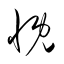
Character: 慨